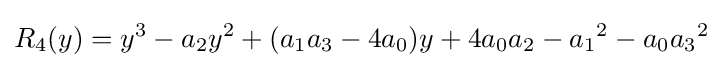
R_{4}(y)=y^{3}-a_{2}y^{2}+(a_{1}a_{3}-4a_{0})y+4a_{0}a_{2}-{a_{1}}^{2}-a_{0}{a_{3}}^{2}